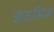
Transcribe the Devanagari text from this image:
जेठमित्र